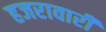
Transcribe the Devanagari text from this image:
हजरावारी